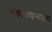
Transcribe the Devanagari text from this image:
महाउपन्यास